Civil Veterinary Dept. Bombay admin report 1914-1922 - 1914-1922
Year: 1914
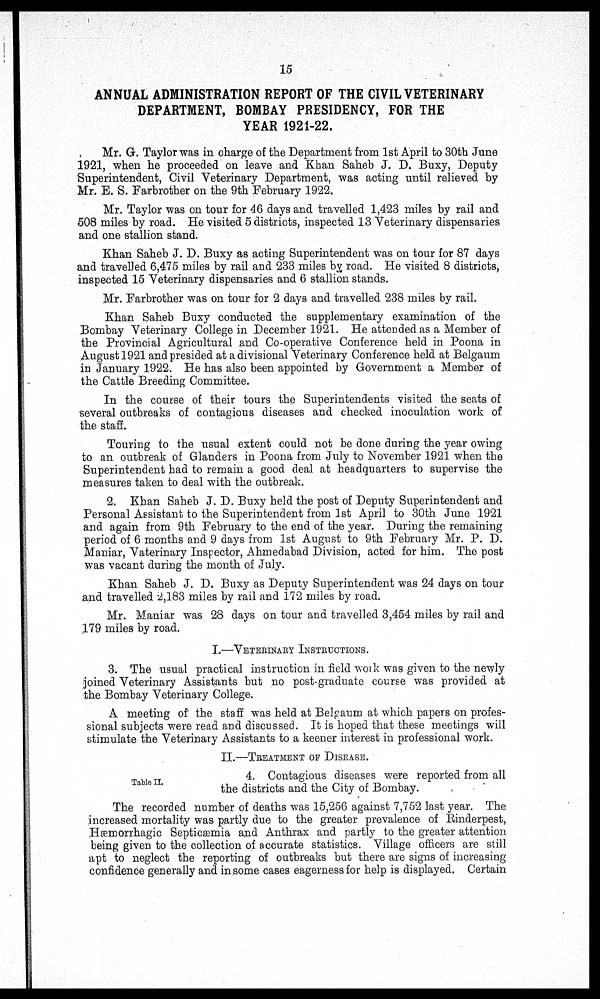
15
ANNUAL ADMINISTRATION REPORT OF THE CIVIL VETERINARY
DEPARTMENT, BOMBAY PRESIDENCY, FOR THE
YEAR 1921-22.
Mr. G. Taylor was in charge of the Department from 1st April to 30th June
1921, when he proceeded on leave and Khan Saheb J. D. Buxy, Deputy
Superintendent, Civil Veterinary Department, was acting until relieved by
Mr. E. S. Farbrother on the 9th February 1922.
Mr. Taylor was on tour for 46 days and travelled 1,423 miles by rail and
508 miles by road. He visited 5 districts, inspected 13 Veterinary dispensaries
and one stallion stand.
Khan Saheb J. D. Buxy as acting Superintendent was on tour for 87 days
and travelled 6,475 miles by rail and 233 miles by road. He visited 8 districts,
inspected 15 Veterinary dispensaries and 6 stallion stands.
Mr. Farbrother was on tour for 2 days and travelled 238 miles by rail.
Khan Saheb Buxy conducted the supplementary examination of the
Bombay Veterinary College in December 1921. He attended as a Member of
the Provincial Agricultural and Co-operative Conference held in Poona in
August 1921 and presided at a divisional Veterinary Conference held at Belgaum
in January 1922. He has also been appointed by Government a Member of
the Cattle Breeding Committee.
In the course of their tours the Superintendents visited the seats of
several outbreaks of contagious diseases and checked inoculation work of
the staff.
Touring to the usual extent could not be done during the year owing
to an outbreak of Glanders in Poona from July to November 1921 when the
Superintendent had to remain a good deal at headquarters to supervise the
measures taken to deal with the outbreak.
2. Khan Saheb J. D. Buxy held the post of Deputy Superintendent and
Personal Assistant to the Superintendent from 1st April to 30th June 1921
and again from 9th February to the end of the year. During the remaining
period of 6 months and 9 days from 1st August to 9th February Mr. P. D.
Maniar, Vaterinary Inspector, Ahmedabad Division, acted for him. The post
was vacant during the month of July.
Khan Saheb J. D. Buxy as Deputy Superintendent was 24 days on tour
and travelled 2,183 miles by rail and 172 miles by road.
Mr. Maniar was 28 days on tour and travelled 3,454 miles by rail and
179 miles by road.
I.—VETERINARY INSTRUCTIONS.
3. The usual practical instruction in field work was given to the newly
joined Veterinary Assistants but no post-graduate course was provided at
the Bombay Veterinary College.
A meeting of the staff was held at Belgaum at which papers on profes-
sional subjects were read and discussed. It is hoped that these meetings will
stimulate the Veterinary Assistants to a keener interest in professional work.
II.—TREATMENT OF DISEASE.
Table II.
4. Contagious diseases were reported from all
the districts and the City of Bombay.
The recorded number of deaths was 15,256 against 7,752 last year. The
increased mortality was partly due to the greater prevalence of Rinderpest,
Hæmorrhagic Septicæmia and Anthrax and partly to the greater attention
being given to the collection of accurate statistics. Village officers are still
apt to neglect the reporting of outbreaks but there are signs of increasing
confidence generally and in some cases eagerness for help is displayed. Certain